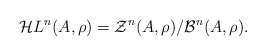
\begin{align*} \mathcal{H}L^n(A,\rho)= \mathcal{Z}^n(A,\rho)/\mathcal{B}^n(A,\rho).\end{align*}